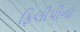
ફિલીપીનો